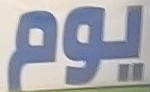
يوم